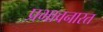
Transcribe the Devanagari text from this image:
प्रभावनारत